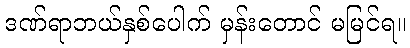
ဒဏ်ရာဘယ်နှစ်ပေါက် မှန်းတောင် မမြင်ရ။